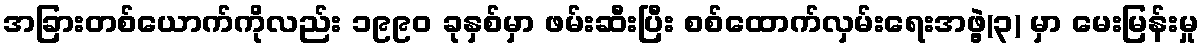
အခြားတစ်ယောက်ကိုလည်း ၁၉၉၀ ခုနှစ်မှာ ဖမ်းဆီးပြီး စစ်ထောက်လှမ်းရေးအဖွဲ့(၃) မှာ မေးမြန်းမှု